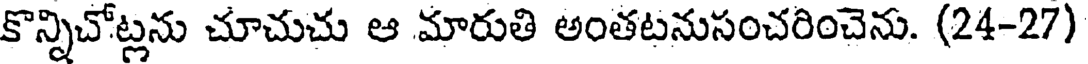
కొన్నిచోట్లను చూచుచు ఆ మారుతి అంతటనుసంచరించెను. (24-27)